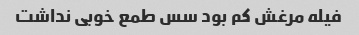
فیله مرغش کم بود سس طمع خوبی نداشت